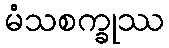
မံသစက္ခုဿ